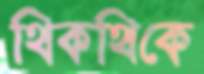
থিকথিকে